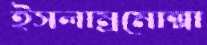
ইসলাম্রমোল্লা